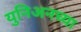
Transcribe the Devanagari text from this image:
युनिअनच्या